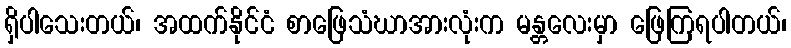
ရှိပါသေးတယ်၊ အထက်နိုင်ငံ စာဖြေသံဃာအားလုံးက မန္တလေးမှာ ဖြေကြရပါတယ်၊